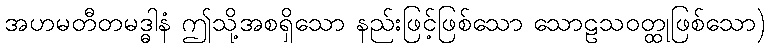
အဟမတီတမဒ္ဓါနံ ဤသို့အစရှိသော နည်းဖြင့်ဖြစ်သော သောဠသဝတ္ထုဖြစ်သော)